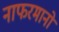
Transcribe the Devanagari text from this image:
नाफरमानों